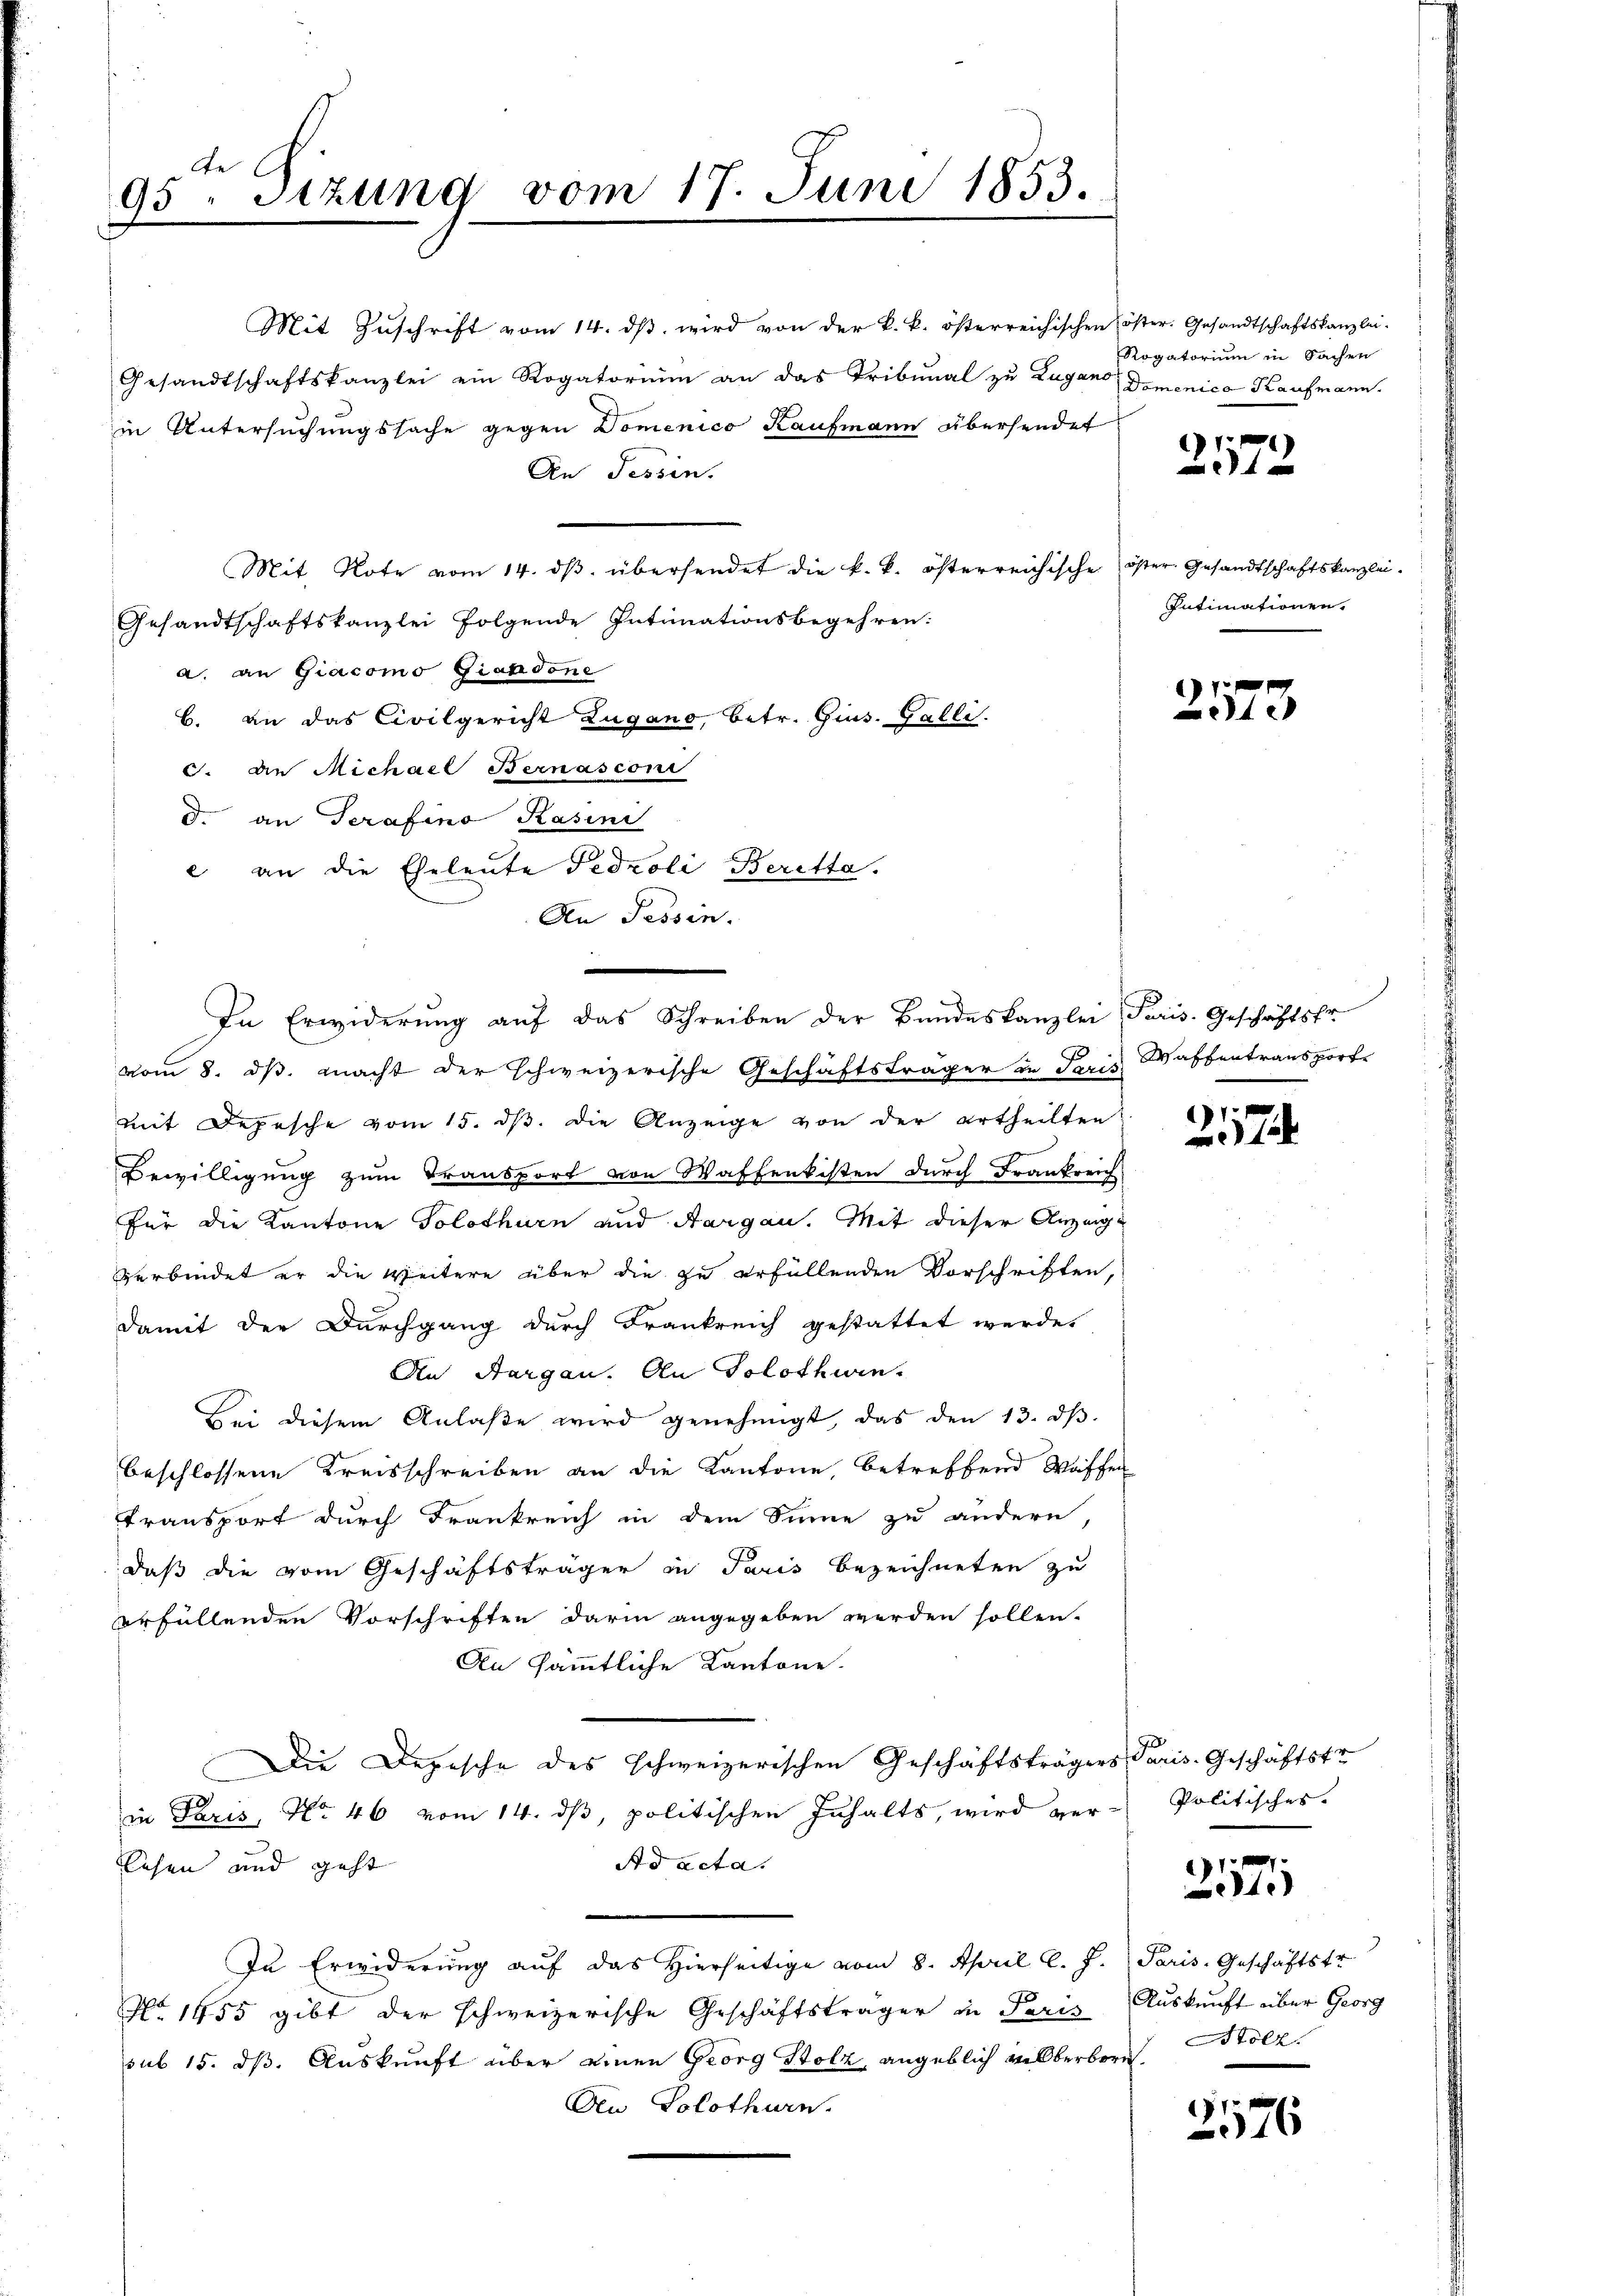
95. Sizung vom 17. Juni 1853.

Mit Zuschrift vom 14. dβ wird von der k. k. österreichischen öster. Gesandtschaftskanzlei-
Gesandtschaftskanzlei ein Rogatorium an das Tribunal zu Zugano Domenica Kaufmann.
in Untersuchungssache gegen Domenico Kaufmann übersendet
An Tessin.
Mit Note vom 14. dβ übersendet die k. k. österreichische öster Gesandtschaftskanzlei-
Gesandtschaftskanzlei folgende Intimationsbegehren:
a. an Giacomo Giandone
b. an das Civilgericht Zugano, Betr. Gins. Galli.
S. die Michael Bernasconi
d. an Serafino Kasini
e an die Eheleute Fedzoli Beretta.
An Tessin.
vom 8. ds. macht der schweizerische Geschäftsträger in Paris
mit Depesche vom 15. ds. die Anzeige von der ertheilten
Bewilligung zum Transport von Waffenkisten durch Frankreich
für die Kantone Solothurn und Aargau. Mit dieser Anzeige
verbindet er die Weitere über die zu erfüllenden Vorschriften,
damit der Durchgang durch Frankreich gestattet werde.
An Aargau. An Solothwen¬
Bei diesem Anlaβe wird genehmigt, das den 13. dβ.
beschlossene Kreisschreiben an die Kantone, betreffend Waffen
Transport durch Frankreich in dem Sinne zu andern,
daß die vom Geschäftsträger in Paris bezeichneten zu
erfüllenden Vorschriften darin angegeben werden sollen.
An sämmtliche Kantone.
Die Depesche des schweizerischen Geschäftsträgers Paris. Geschäftstr
in Paris, No. 46 vom 14. dβ, politischen Inhalts, wird ver-Politisches.
Ad acta.
lesen und geht
In Erwiderung auf das hierseitige vom 8. April l. J. Paris, Geschäftstr
7
No 1455 gibt der schweizerische Geschäftsträger in Paris Auskunft über Georg
sub 15. dß. Auskunft über einen Georg Stolz, angeblich selberborn
Aen Solothurn.

In Erwiderung auf das Schreiben der Bundeskanzlei Paris. Geschäftsfr.

Rogatorium in Sachen

f
 xx

Intimationen.

2573

.
Waffentransport

1
12

1
e

Stolz.

276